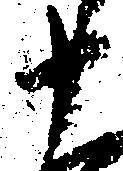
十